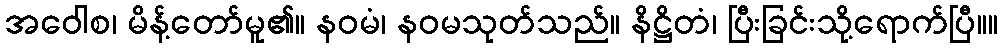
အဝေါစ၊ မိန့်တော်မူ၏။ နဝမံ၊ နဝမသုတ်သည်။ နိဋ္ဌိတံ၊ ပြီးခြင်းသို့ရောက်ပြီ။။